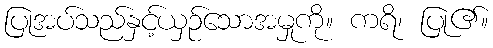
ပြုအပ်သည်နှင့်ယှဉ်သောအမှုကို။ ကရိ၊ ပြု၏။